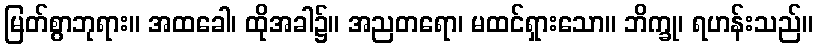
မြတ်စွာဘုရား။ အထခေါ၊ ထိုအခါ၌။ အညတရော၊ မထင်ရှားသော။ ဘိက္ခု၊ ရဟန်းသည်။